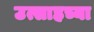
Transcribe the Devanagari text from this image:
उत्साहच्या